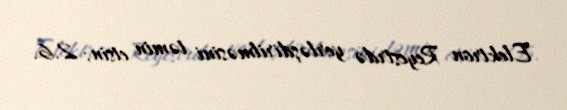
Elektron Reyestrdə yerləşdirilməsini təmin etsin; 2.6.